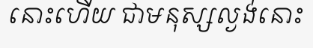
នោះហើយ ជាមនុស្សល្ងង់នោះ